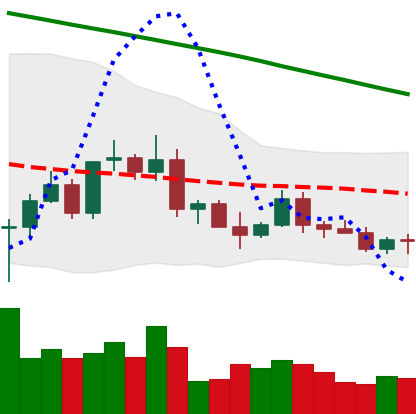
Ticker: ETC-USD
Chart end date: 2022-03-15
Forward return: 47.606%
Label: up_7plus